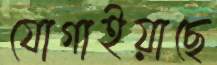
যোগাইয়াছে